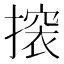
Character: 𢳤